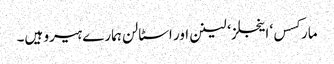
مارکسس‘ اینجلز ‘ لینن اور اسٹالن ہمارے ہیرو ہیں۔